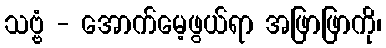
သဗ္ဗံ - အောက်မေ့ဖွယ်ရာ အဖြာဖြာကို၊